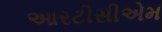
આરટીસીએમ